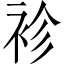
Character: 袗